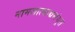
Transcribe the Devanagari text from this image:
नामजात्याद्यसंयुत